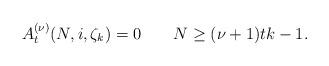
LaTeX: \begin{align*}A_t^{(\nu)}(N, i, \zeta_k)=0 \ \ \ \ \ \ N\geq (\nu+1) t k -1.\end{align*}